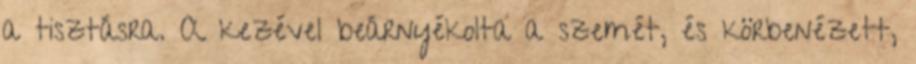
a tisztásra. A kezével beárnyékolta a szemét, és körbenézett,